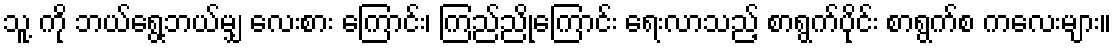
သူ့ ကို ဘယ်ရွေ့ဘယ်မျှ လေးစား ကြောင်း၊ ကြည်ညိုကြောင်း ရေးလာသည့် စာရွက်ပိုင်း စာရွက်စ ကလေးများ။